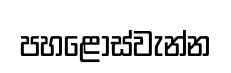
පහළොස්වැන්න